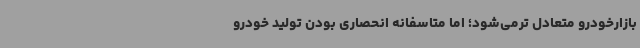
بازارخودرو متعادل ترمی‌شود؛ اما متاسفانه انحصاری بودن تولید خودرو